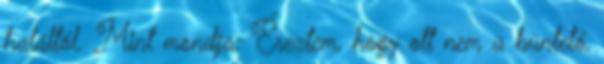
haláltól. Mint mondja: Éreztem, hogy ott nem a büntető,